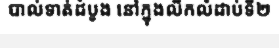
បាល់ទាត់ដំបូង នៅក្នុងលីកលំដាប់ទី២